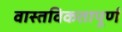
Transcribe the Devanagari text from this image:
वास्तविकतापूर्ण